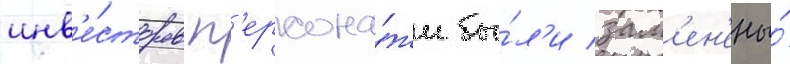
инв'е́сторов п'ерсона́жи бы́л'и зам'ен'ены́